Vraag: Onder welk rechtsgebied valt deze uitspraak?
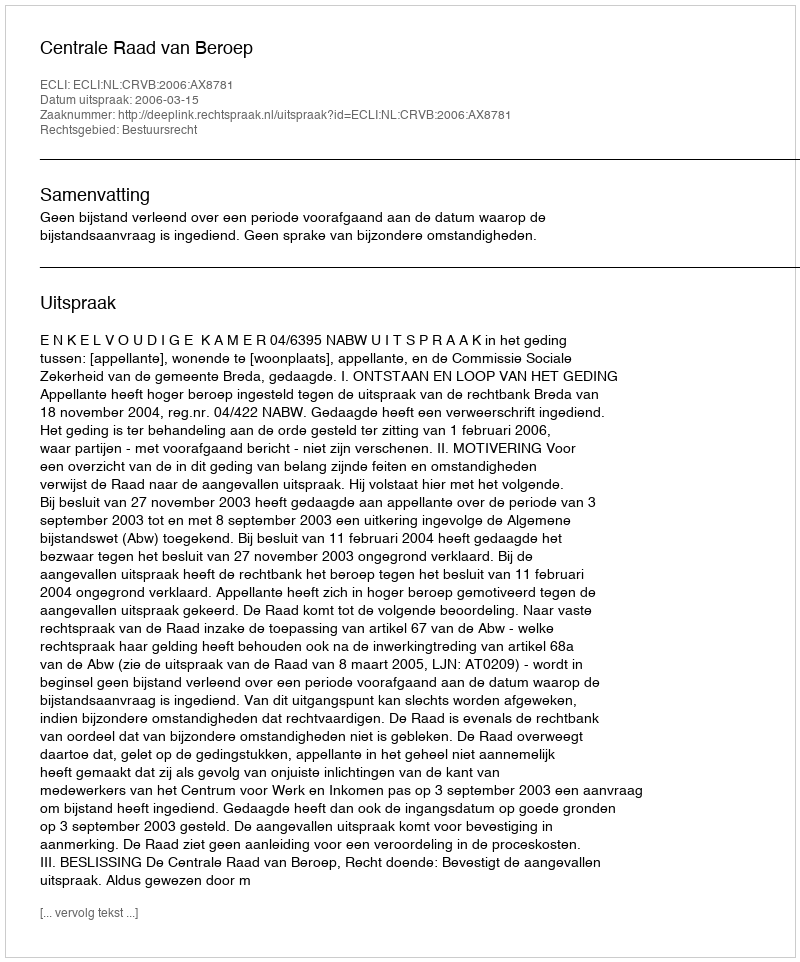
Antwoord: Bestuursrecht